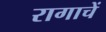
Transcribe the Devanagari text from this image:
रागाचें